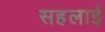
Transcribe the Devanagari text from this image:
सहलाई